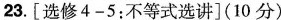
23.[选修4-5：不等式选讲](10分)